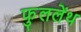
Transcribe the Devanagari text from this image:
फुललेंथ